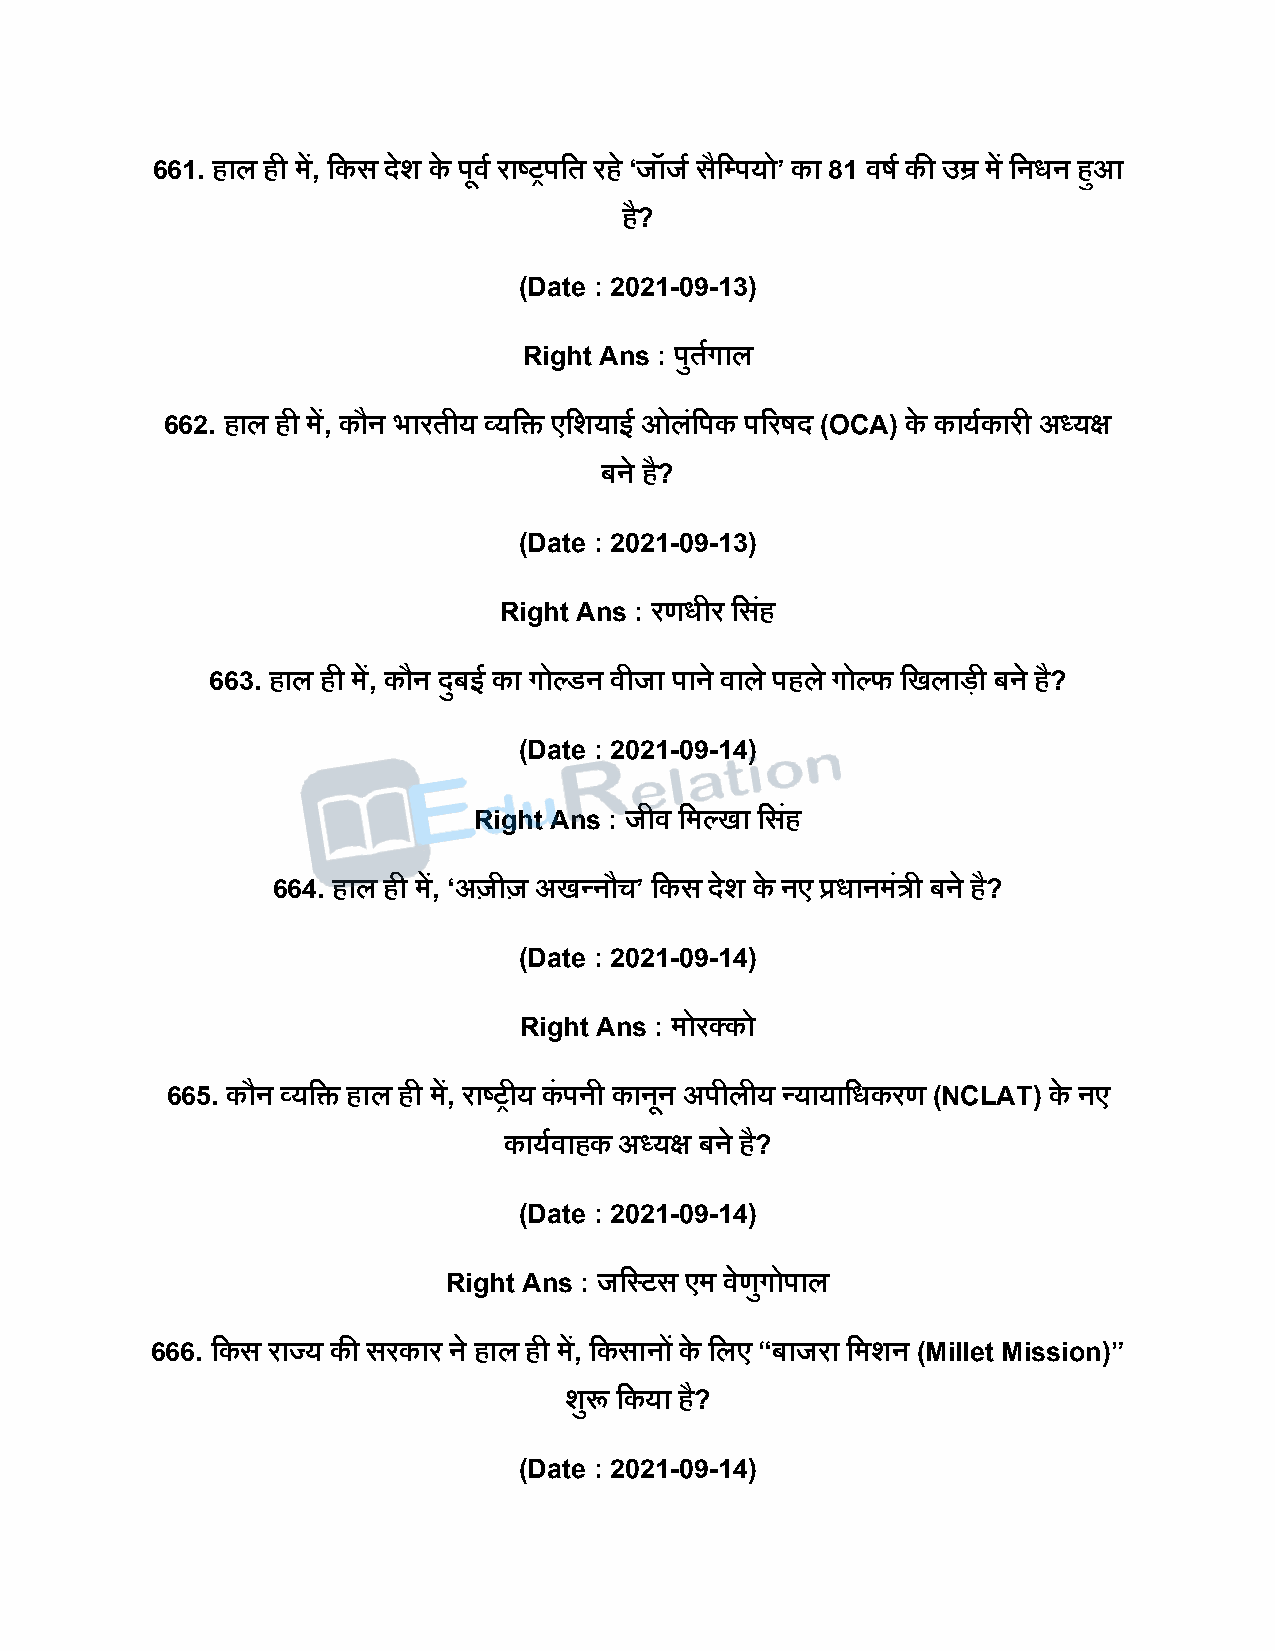
661. हाल ही में, दकस िेश के िूवष राष्ट्रिदत रह े ‘जॉजष सैदपियो’ का 81 वर्ष की उम्र में दनधन हुआ
 है?
 (Date : 2021-09-13)
 Right Ans : िुतषगाल
 662. हाल ही में, कौन भारतीय व्यदि एदशयाई ओलंदिक िररर्ि (OCA) के कायषकारी अध्यक्ष
 बने है?
 (Date : 2021-09-13)
 Right Ans : रणधीर दसहं
 663. हाल ही में, कौन िुबई का गोल्डन वीजा िाने वाले िहले गोल्फ दखलािी बने है?
 (Date : 2021-09-14)
 Right Ans : जीव दमल्खा दसहं
 664. हाल ही में, ‘अर्जीर्ज अखन्नौच’ दकस िेश के नए प्रधानमंत्री बने है?
 (Date : 2021-09-14)
 Right Ans : मोरक्को
 665. कौन व्यदि हाल ही में, राष्ट्रीय कं िनी कानून अिीलीय न्यायादधकरण (NCLAT) के नए
 कायषवाहक अध्यक्ष बने है?
 (Date : 2021-09-14)
 Right Ans : जदस्टस एम वेणुगोिाल
 666. दकस राज्य की सरकार ने हाल ही में, दकसानों के दलए “बाजरा दमशन (Millet Mission)”
 शुरू दकया है?
 (Date : 2021-09-14)